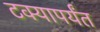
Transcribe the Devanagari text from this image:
टक्यापर्यंत